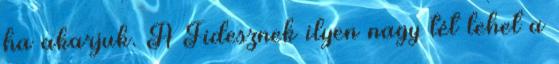
ha akarjuk. A Fidesznek ilyen nagy tét lehet a